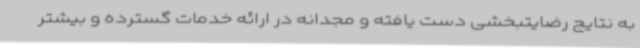
به نتایج رضایتبخشی دست یافته و مجدانه در ارائه خدمات گسترده و بیشتر